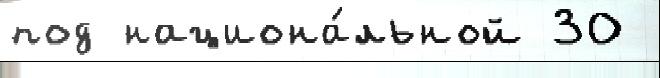
под национа́льной 30